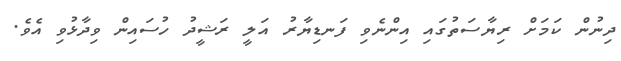
ދިނުން ކަމަށް ރިޔާސަތުގައި އިންނެވި ފަނޑިޔާރު އަލީ ރަޝީދު ހުސައިން ވިދާޅުވި އެވެ.